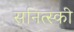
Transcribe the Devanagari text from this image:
सनित्स्की